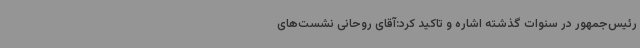
رئیس‌جمهور در سنوات گذشته اشاره و تاکید کرد:آقای روحانی نشست‌های